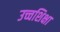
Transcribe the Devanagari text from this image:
उच्चशिक्षा